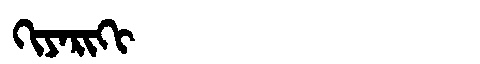
Manchu: ᡴᡳᠶᠠᡵᡳᡴᡳ
Romanization: KIYARIKI